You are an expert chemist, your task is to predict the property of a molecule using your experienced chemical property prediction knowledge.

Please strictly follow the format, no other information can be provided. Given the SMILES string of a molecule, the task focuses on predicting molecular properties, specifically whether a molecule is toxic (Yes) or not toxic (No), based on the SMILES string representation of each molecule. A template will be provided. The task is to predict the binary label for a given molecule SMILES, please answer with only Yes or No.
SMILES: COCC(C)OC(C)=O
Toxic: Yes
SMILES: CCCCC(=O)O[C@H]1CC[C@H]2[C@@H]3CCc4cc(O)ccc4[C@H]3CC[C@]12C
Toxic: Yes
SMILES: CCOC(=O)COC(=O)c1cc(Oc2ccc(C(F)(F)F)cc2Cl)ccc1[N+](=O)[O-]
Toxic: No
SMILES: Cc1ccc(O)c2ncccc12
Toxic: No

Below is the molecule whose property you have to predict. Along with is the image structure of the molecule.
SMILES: CC(O)CN(CC(C)O)CC(C)O
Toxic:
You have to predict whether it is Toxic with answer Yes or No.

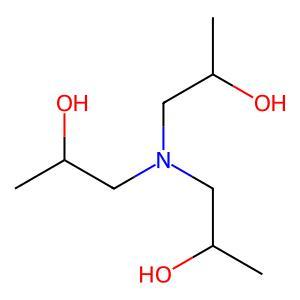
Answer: No